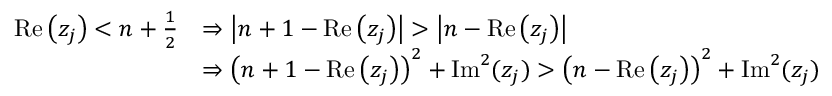
\begin{array} { r l } { \operatorname { R e } \left( z _ { j } \right) < n + \frac { 1 } { 2 } } & { \Rightarrow \left| n + 1 - \operatorname { R e } \left( z _ { j } \right) \right| > \left| n - \operatorname { R e } \left( z _ { j } \right) \right| } \\ & { \Rightarrow \left( n + 1 - \operatorname { R e } \left( z _ { j } \right) \right) ^ { 2 } + \operatorname { I m } ^ { 2 } ( z _ { j } ) > \left( n - \operatorname { R e } \left( z _ { j } \right) \right) ^ { 2 } + \operatorname { I m } ^ { 2 } ( z _ { j } ) } \end{array}